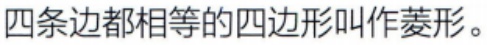
四条边都相等的四边形叫作菱形。